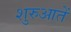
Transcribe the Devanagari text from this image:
शुरुआतें